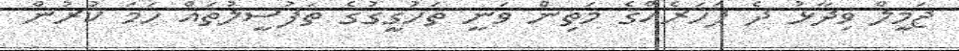
ޖަމީލް ވިދާޅު ދެ ފަހަރެއްގެ މަތިން ވަނީ ތަހުގީގުގެ ތަފުސީލުތައް ހަމަ ކުރުން